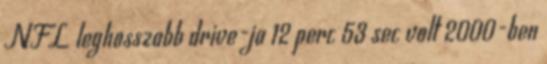
NFL leghosszabb drive-ja 12 perc 53 sec volt 2000-ben